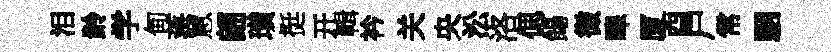
泪龄学甸蒋罳翩璜挺开輯衿关央㳂洛偲餳微嗥厦酉户常駰